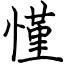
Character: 慬